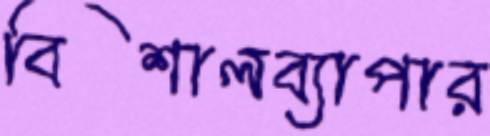
বিশালব্যাপার